Reports on dispensaries and lunatic asylums in the Province of Oudh - 1869-1876
Year: 1869
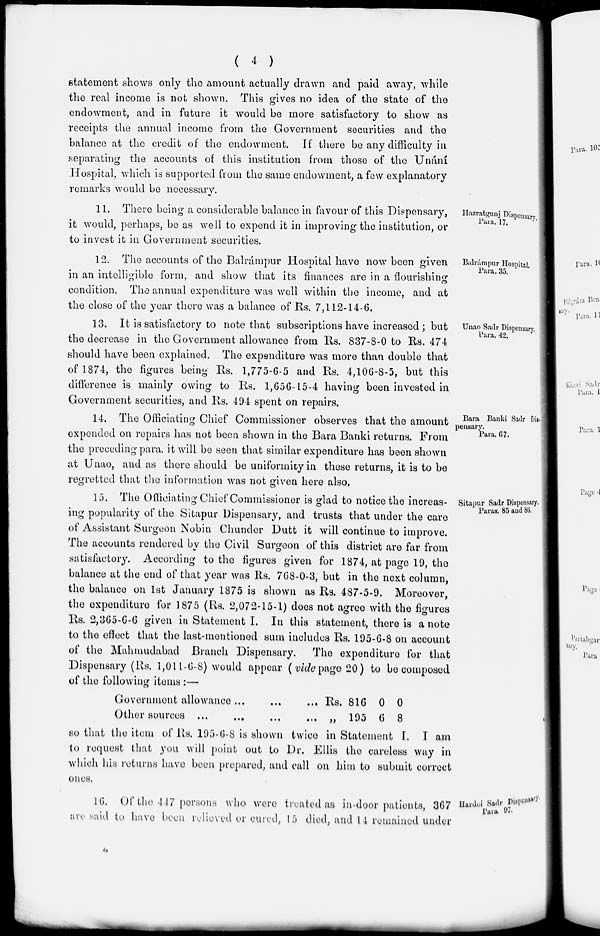
( 4 )
statement shows only the amount actually drawn and paid away, while
the real income is not shown. This gives no idea of the state of the
endowment, and in future it would be more satisfactory to show as
receipts the annual income from the Government securities and the
balance at the credit of the endowment. If there be any difficulty in
separating the accounts of this institution from those of the Unání
Hospital, which is supported from the same endowment, a few explanatory
remarks would be necessary.
Hazratgunj Dispensary.
Para. 17.
11. There being a considerable balance in favour of this Dispensary,
it would, perhaps, be as well to expend it in improving the institution, or
to invest it in Government securities.
Balrámpur Hospital.
Para. 35.
12. The accounts of the Balrámpur Hospital have now been given
in an intelligible form, and show that its finances are in a flourishing
condition. The annual expenditure was well within the income, and at
the close of the year there was a balance of Rs. 7,112-14-6.
Unao Sadr Dispensary.
Para. 42.
13. It is satisfactory to note that subscriptions have increased ; but
the decrease in the Government allowance from Rs. 837-8-0 to Rs, 474
should have been explained. The expenditure was more than double that
of 1874, the figures being Rs. 1,775-6-5 and Rs. 4,106-8-5, but this
difference is mainly owing to Rs. 1,656-15-4 having been invested in
Government securities, and Rs. 494 spent on repairs.
Bara Banki Sadr Dis-
pensary.
Para. 67.
14. The Officiating Chief Commissioner observes that the amount
expended on repairs has not been shown in the Bara Banki returns. From
the preceding para. it will be seen that similar expenditure has been shown
at Unao, and as there should be uniformity in these returns, it is to be
regretted that the information was not given here also.
Sitapur Sadr Dispensary.
Paras. 85 and 86.
15. The Officiating Chief Commissioner is glad to notice the increas-
ing popularity of the Sitapur Dispensary, and trusts that under the care
of Assistant Surgeon Nobin Chunder Dutt it will continue to improve.
The accounts rendered by the Civil Surgeon of this district are far from
satisfactory. According to the figures given for 1874, at page 19, the
balance at the end of that year was Rs. 768-0-3, but in the next column,
the balance on 1st January 1875 is shown as Rs. 487-5-9. Moreover,
the expenditure for 1875 (Rs. 2,072-15-1) does not agree with the figures
Rs. 2,365-6-6 given in Statement I. In this statement, there is a note
to the effect that the last-mentioned sum includes Rs. 195-6-8 on account
of the Mahmudabad Branch Dispensary. The expenditure for that
Dispensary (Rs. 1,011-6-8) would appear (vide page 20) to be composed
of the following items :—
Government allowance ...
...
...
Other sources ... ... ... ...
Rs.
„
816
195
0
6
0
8
so that the item of Rs. 195-6-8 is shown twice in Statement I. I am
to request that you will point out to Dr. Ellis the careless way in
which his returns have been prepared, and call on him to submit correct
ones.
Hardoi Sadr Dispensary.
Para. 97.
16. Of the 447 persons who were treated as in-door patients, 367
are said to have been relieved or cured, 15 died, and 14 remained under